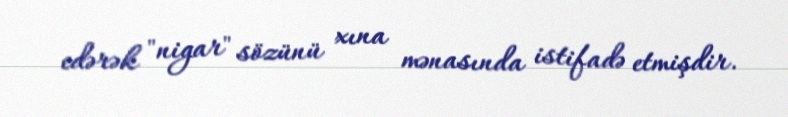
edərək "nigar" sözünü xına mənasında istifadə etmişdir.